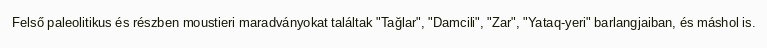
Felső paleolitikus és részben moustieri maradványokat találtak "Tağlar", "Damcili", "Zar", "Yataq-yeri" barlangjaiban, és máshol is.